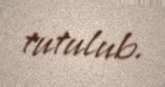
tutulub.